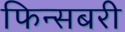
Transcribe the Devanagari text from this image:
फिन्सबरी